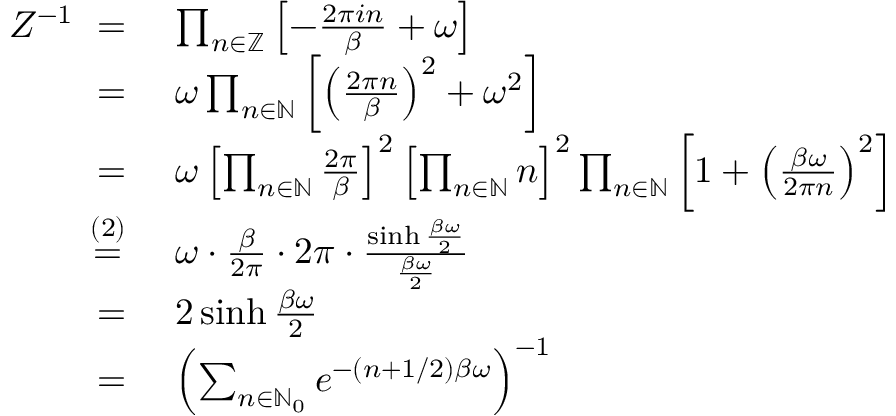
\begin{array} { r l } { Z ^ { - 1 } ~ = ~ } & { \prod _ { n \in \mathbb { Z } } \left[ - \frac { 2 \pi i n } { \beta } + \omega \right] } \\ { ~ = ~ } & { \omega \prod _ { n \in \mathbb { N } } \left[ \left( \frac { 2 \pi n } { \beta } \right) ^ { 2 } + \omega ^ { 2 } \right] } \\ { ~ = ~ } & { \omega \left[ \prod _ { n \in \mathbb { N } } \frac { 2 \pi } { \beta } \right] ^ { 2 } \left[ \prod _ { n \in \mathbb { N } } n \right] ^ { 2 } \prod _ { n \in \mathbb { N } } \left[ 1 + \left( \frac { \beta \omega } { 2 \pi n } \right) ^ { 2 } \right] } \\ { ~ \stackrel { ( 2 ) } { = } ~ } & { \omega \cdot \frac { \beta } { 2 \pi } \cdot 2 \pi \cdot \frac { \sinh \frac { \beta \omega } { 2 } } { \frac { \beta \omega } { 2 } } } \\ { ~ = ~ } & { 2 \sinh \frac { \beta \omega } { 2 } } \\ { ~ = ~ } & { \left( \sum _ { n \in \mathbb { N } _ { 0 } } e ^ { - ( n + 1 / 2 ) \beta \omega } \right) ^ { - 1 } } \end{array}